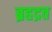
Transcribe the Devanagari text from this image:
ब्रहद्रत्त